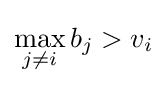
\max _{j\neq i}b_{j}>v_{i}